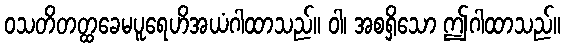
ဝသတိတတ္ထခေမပူရေဟိအယံဂါထာသည်။ ဝါ၊ အစရှိသော ဤဂါထာသည်။